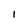
Character: I